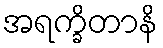
အရက္ခိတာနိ